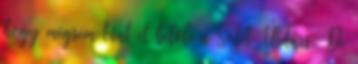
hogy mégsem tűnt el belőle a Sötét Útitárs. De